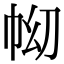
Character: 𢂅